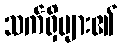
သက်ရှိများ၏